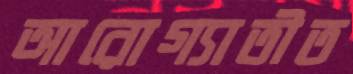
আরোগ্যাতীত